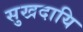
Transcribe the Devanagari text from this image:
सुखदायि